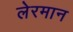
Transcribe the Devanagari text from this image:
लेरमान